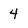
Character: 4